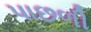
પાછળી